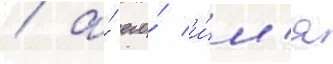
/ а́ его́ и́м'я